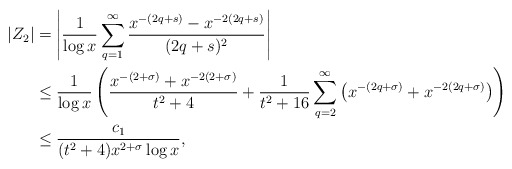
\begin{align*} |Z_2| &= \left| \frac{1}{\log x} \sum_{q=1}^\infty \frac{x^{-(2q+s)}-x^{-2(2q+s)}}{(2q+s)^2} \right| \\ &\leq \frac{1}{\log x}\left( \frac{x^{-(2+\sigma)} + x^{-2(2+\sigma)}}{t^2+4} + \frac{1}{t^2+16} \sum_{q=2}^\infty \left( x^{-(2q+\sigma)} + x^{-2(2q+\sigma)} \right) \right) \\ &\leq \frac{c_1}{(t^2+4) x^{2+\sigma} \log x}, \end{align*}